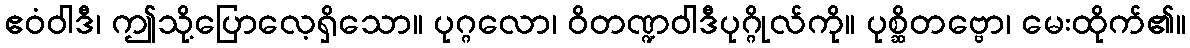
ဧဝံဝါဒီ၊ ဤသို့ပြောလေ့ရှိသော။ ပုဂ္ဂလော၊ ဝိတဏ္ဍဝါဒီပုဂ္ဂိုလ်ကို။ ပုစ္ဆိတဗ္ဗော၊ မေးထိုက်၏။